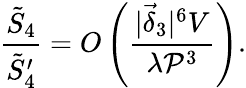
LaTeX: \frac{\tilde{S}_{4}}{\tilde{S}_{4}^{\prime}}=O\left(\frac{|\vec{\delta}_{3}|^{6}V}{\lambda{\cal P}^{3}}\right).